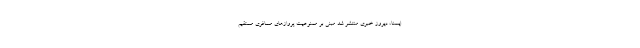
ایسنا، دیروز خبری منتشر شد مبنی بر ممنوعیت پروازهای مسافری مستقیم